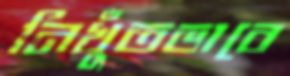
নিখুঁতভাবে